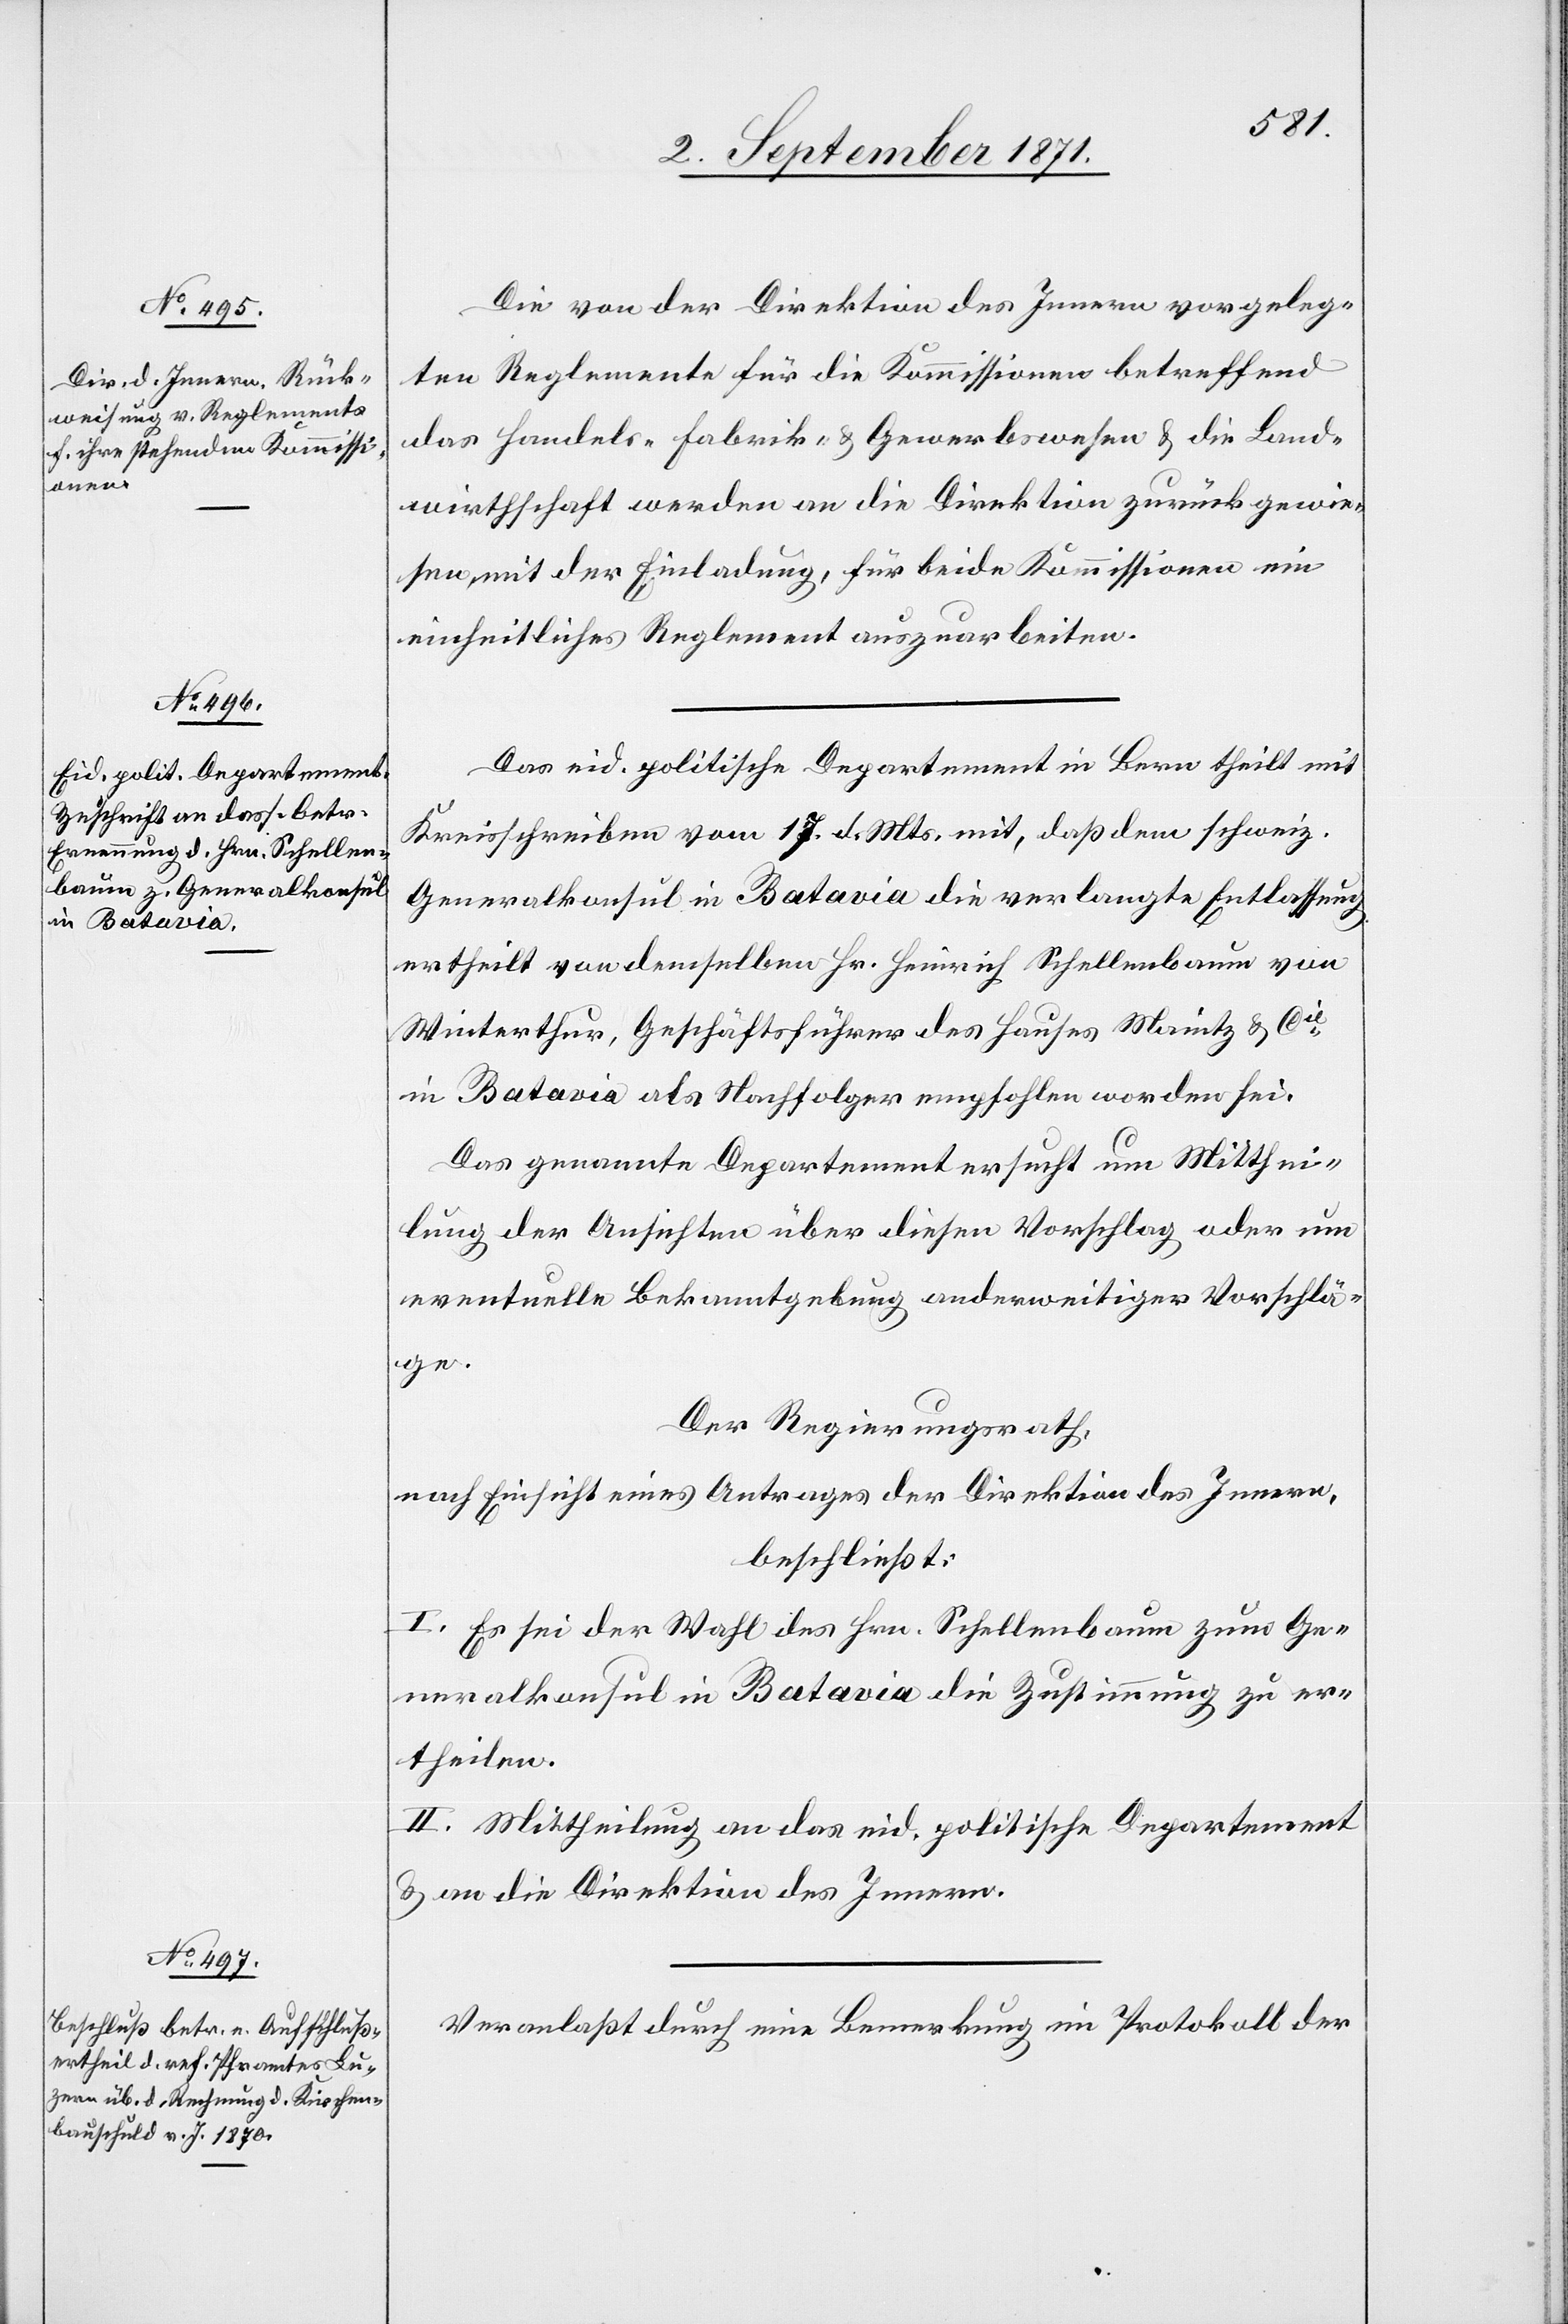
Die von der Direktion des Innern vorgeleg¬
ten Reglemente für die Kommissionen betreffend
das Handels-[,] Fabrik- & Gewerbewesen & die Land¬
wirtschaft werden an die Direktion zurückgewie¬
sen mit der Einladung, für beide Kommissionen ein
einheitliches Reglement auszuarbeiten.
Das eid. politische Departement in Bern theilt mit
Kreisschreiben vom 17. d. Mts. mit, daß dem schweiz.
Generalkonsul in Batavia die verlangte Entlassung
ertheilt [und] von demselben Hr. Heinrich Schellenbaum von
Winterthur, Geschäftsführer des Hauses Maintz & Cie
in Batavia als Nachfolger empfohlen worden sei.
Das genannte Departement ersucht um Mitthei¬
lung der Ansichten über diesen Vorschlag oder um
eventuelle Bekanntgebung anderweitiger Vorschlä¬
ge.
Der Regierungsrath,
nach Einsicht eines Antrages der Direktion des Innern,
beschließt:
I. Es sei der Wahl des Hrn. Schellenbaum zum Ge¬
neralkonsul in Batavia die Zustimmung zu er¬
theilen.
II. Mittheilung an das eid. politische Departement
& an die Direktion des Innern.
Veranlaßt durch eine Bemerkung im Protokoll der